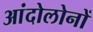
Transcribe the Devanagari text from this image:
आंदोलोनों